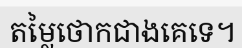
តម្លៃថោកជាងគេទេ។